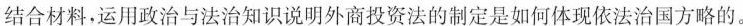
结合材料，运用政治与法治知识说明外商投资法的制定是如何体现依法治国方略的。